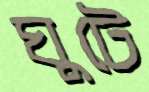
ঘুটে